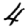
Digit: 4